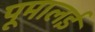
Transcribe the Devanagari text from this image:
पूमालई